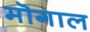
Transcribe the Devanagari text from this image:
मॊगाल